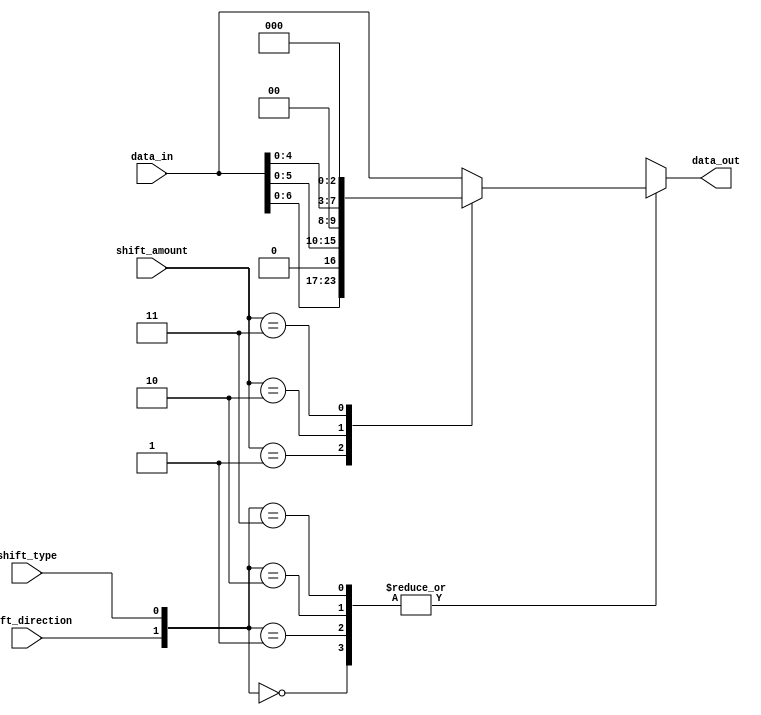
module Barrel_Shifter (
    input [7:0] data_in,
    input [3:0] shift_amount,
    input shift_direction,
    input shift_type,
    output reg [7:0] data_out
);

reg [7:0] stage1_output;
reg [7:0] stage2_output;
reg [7:0] stage3_output;
reg [7:0] stage4_output;

always @ (*) begin
    case(shift_amount)
        4'b0000: begin
            stage1_output = data_in;
            stage2_output = stage1_output;
            stage3_output = stage2_output;
            stage4_output = stage3_output;
        end
        4'b0001: begin
            stage1_output = data_in << 1;
            stage2_output = stage1_output;
            stage3_output = stage2_output;
            stage4_output = stage3_output;
        end
        4'b0010: begin
            stage1_output = data_in << 2;
            stage2_output = stage1_output;
            stage3_output = stage2_output;
            stage4_output = stage3_output;
        end
        4'b0011: begin
            stage1_output = data_in << 3;
            stage2_output = stage1_output;
            stage3_output = stage2_output;
            stage4_output = stage3_output;
        end
        // Add more cases for additional shift amounts
        
        default: begin
            stage1_output = data_in;
            stage2_output = stage1_output;
            stage3_output = stage2_output;
            stage4_output = stage3_output;
        end
    endcase
end

always @ (*) begin
    case ({shift_direction, shift_type})
        2'b00: data_out = stage4_output; // Logic right shift
        2'b01: data_out = stage4_output; // Arithmetic right shift
        2'b10: data_out = stage1_output; // Logic left shift
        2'b11: data_out = stage1_output; // Arithmetic left shift
    endcase
end

endmodule